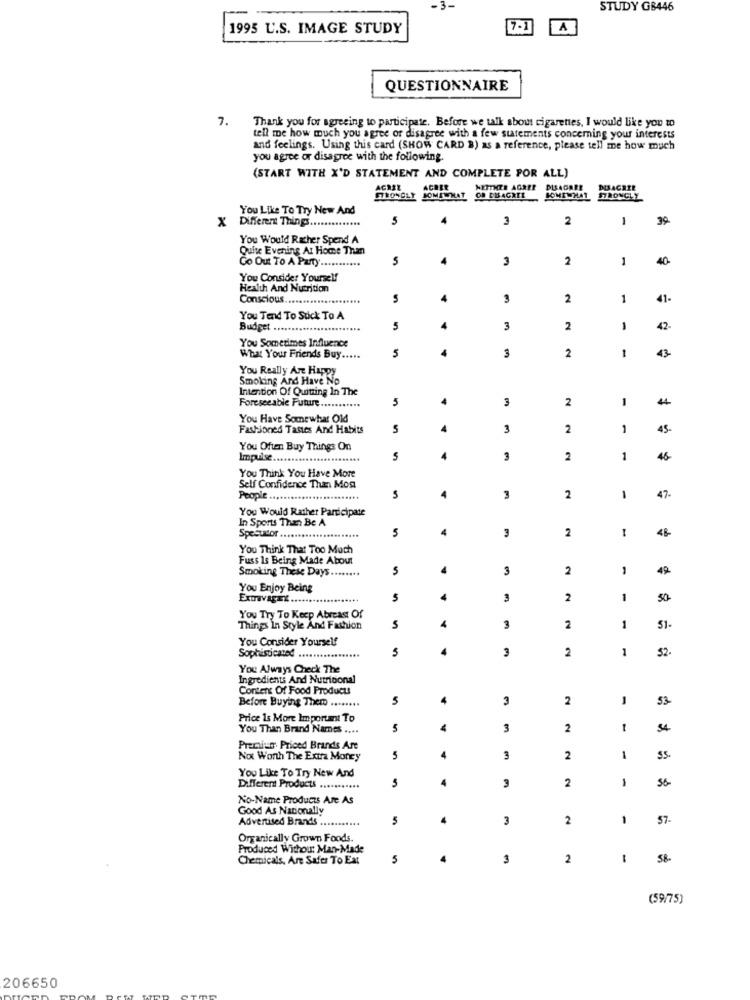
STUDY GB446
1995 U.S. IMAGE STUDY
7-1
1
QUESTIONNAIRE
7.
Thank you for agreeing to participate. Before we talk about cigarettes, I would like you to
tell me how much you agree or disagree with a few statements concerning your interests
and feelings. Using this card (SHOW CARD B) as a reference, please tell me how much
you agree or disagree with the following.
(START WITH X'D STATEMENT AND COMPLETE FOR ALL)
AGREE
AGREE
NEITHER AGREE
PLSAGREE
DEBACRIR
You Like To Try New And
x
Different Things ..............
5
3
2
-
39
You Would Rather Spend A
Quite Evening At Home Than
4
3
2
1
40
Go Out To A Party ...........
You Consider Yourself
Health And Nutrition
Conscious .....................
4
3
2
1
41
You Tend To Suck To A
Budget ........................
5
4
3
2
1
42-
You Sometimes Influence
4
2
-
43-
What Your Friends Buy .....
5
3
You Really Are Happy
Smoking And Have No
Intention Of Quitting In The
4
3
2
1
44
Foreseeable Future ...........
You Have Somewhat Old
Fashioned Tastes And Habits
5
4
3
2
45-
You Often Buy Things On
Impulse ....
5
4
3
2
1
46
You Think You Have More
Self Confidence Than Mon
People ..........................
5
4
3
2
1
47.
You Would Rather Participate
In Sports Than Be A
4
3
2
4R
Spectator ......................
5
You Think That Too Much
Fuss Is Being Made About
4
3
2
-
49
Smoking These Days ........
You Enjoy Being
Extravag=t .........
4
3
2
1
50
You Try To Keep Abreast Of
1
Things In Style And Fashion
S
4
3
2
51-
You Consider Yourself
5
4
3
2
52.
Sophisticated .....
You Always Check The
Ingredients And Nutricional
Content Of Food Products
4
3
2
-
53
Before Buying Them ........
Price Is More Important To
You Than Brand Names ....
5
3
2
5.4
Premiun Priced Brands Are
Not Worth The Extra Money
5
4
3
2
1
55
You Like To Try New And
4
2
1
56
Different Products ...........
5
3
No-Name Products Are As
Good As Nationally
Advertised Brands
5
4
3
2
1
57
Organically Grown Foods.
Produced Withou: Man-Made
Chemicals, Are Safer To Ext
5
4
3
2
-
(59/75)
206650